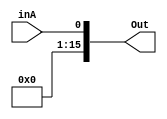
module zero_extender1Bit(inA, Out);
    input inA;
    output [15:0] Out;

    
    //Zero Extend
    assign Out[0] = inA;
    assign Out[1] = 1'b0; 
    assign Out[2] = 1'b0; 
    assign Out[3] = 1'b0; 
    assign Out[4] = 1'b0; 
    assign Out[5] = 1'b0; 
    assign Out[6] = 1'b0; 
    assign Out[7] = 1'b0; 
    assign Out[8] = 1'b0; 
    assign Out[9] = 1'b0; 
    assign Out[10] = 1'b0; 
    assign Out[11] = 1'b0; 
    assign Out[12] = 1'b0; 
    assign Out[13] = 1'b0; 
    assign Out[14] = 1'b0; 
    assign Out[15] = 1'b0; 

endmodule